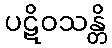
ပဋိဝသန္တိ